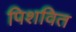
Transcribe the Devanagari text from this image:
पिशवित